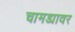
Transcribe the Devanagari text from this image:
चामड्यावर